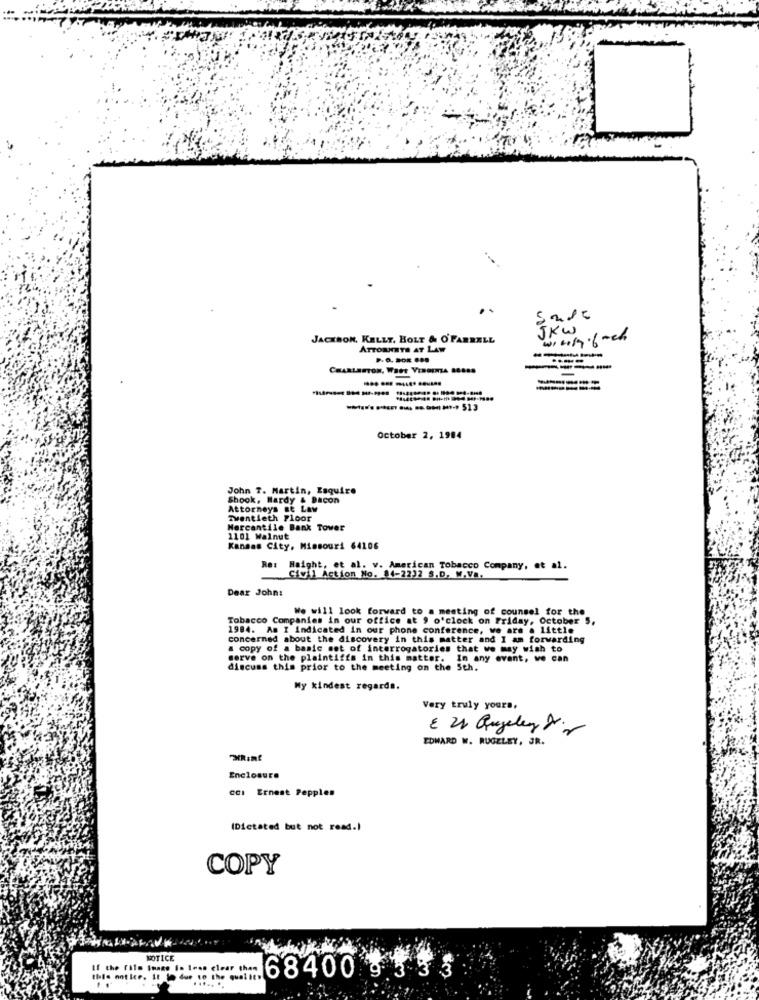
---
JKW
JACKSON, KELLY, BOLT & O'FARRELL
witty.6 och
ATTORNEYS AT LAW
CHARLESTON, WHet VENDITA 88888
----
-
------
-... .... .. ....***-* 513
October 2, 1984
John T. Martin, Esquire
Shook, Hardy & Bacon
Attorneys at Law
Twentieth Floor
Mercantile Bank Tower
1101 Walnut
Kansas City, Missouri 64106
Re:
Haight, et al. v. American Tobacco Company, et al.
Civil Action No. 84-2232 S.D. M.V ..
Dear John:
We will look forward to a meeting of counsel for the
Tobacco Companies in our office at 9 o'clock on Friday, October 5,
1984. Am I Indicated in our phone conference, we are a little
concerned about the discovery in this matter and I am forwarding
& copy of a basic met of interrogatories that we may wish to
cerve on the plaintiffs in this matter. In any event, we can
discuss this prior to the meeting on the 5th.
My kindest regards.
Very truly yours,
E 24 Qugelen 8.
EDWARD W. RUGELEY, JR.
Mint
Enclosure
cal Ernest Pepples
(Dictated but not read.)
COPY
NOTICE
If the film image is less clear than
this notice. It lo due to the qualit"
..... ..
68400 9333